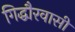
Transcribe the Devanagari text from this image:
गिद्धौरवासी